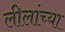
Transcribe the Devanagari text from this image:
लीलांच्या